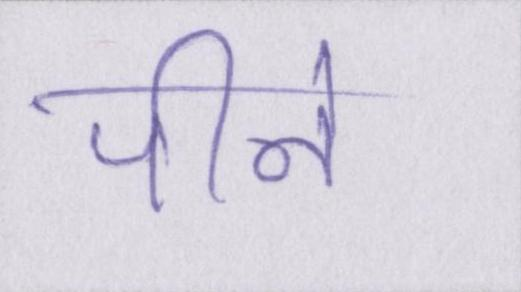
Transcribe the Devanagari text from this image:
पीने